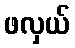
ဖလှယ်